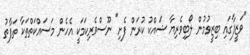
"ވަޒީފާގައި ބިޒީވުމުން ލޯބިވެރިޔާ ޝައްކު ކުރަން ފެށި" ނޫސްވެރިކަމަކީ އެހެން މަސައްކަތްތަކާ ތަފާތު